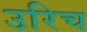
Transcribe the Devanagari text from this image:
उरिच